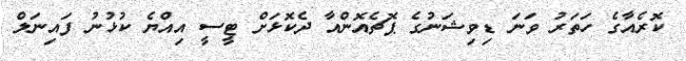
ކޮރެއާގެ ހަތަރު ވަނަ ޑިވިޝަނުގެ ޕޮޗެއޮންއާ ދެކޮޅަށް ޓީސީ އިއްޔެ ކުޅުނު ފައިނަލް